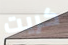
كريت